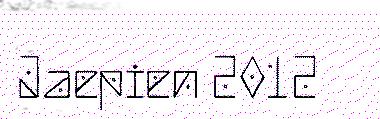
Jaepien 2012